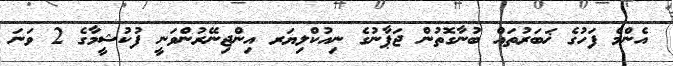
އެންމެ ފަހުގެ ޚަބަރުތައް ބުނާގޮތުން ޖަޕާނުގެ ނިއުކްލިޔަރ އިންޖިނޭރުންވަނީ ފުކުޝީމާގެ 2 ވަނަ